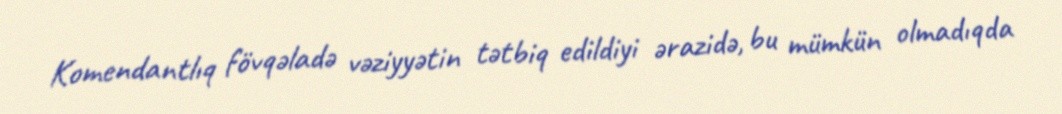
Komendantlıq fövqəladə vəziyyətin tətbiq edildiyi ərazidə, bu mümkün olmadıqda